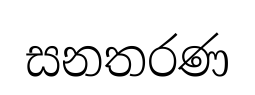
සනතරණ